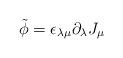
LaTeX: \begin{align*}\tilde\phi=\epsilon_{\lambda\mu}\partial_\lambda J_\mu\end{align*}